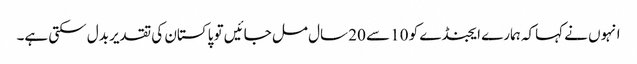
انہوں نے کہاکہ ہمارے ایجنڈے کو 10 سے 20 سال مل جائیں تو پاکستان کی تقدیر بدل سکتی ہے۔